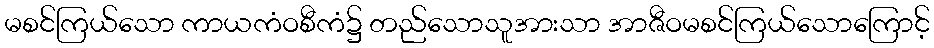
မစင်ကြယ်သော ကာယကံဝစီကံ၌ တည်သောသူအားသာ အာဇီဝမစင်ကြယ်သောကြောင့်